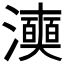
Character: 𭳞